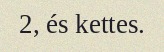
2, és kettes.